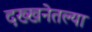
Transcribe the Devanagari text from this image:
दख्खनेतल्या